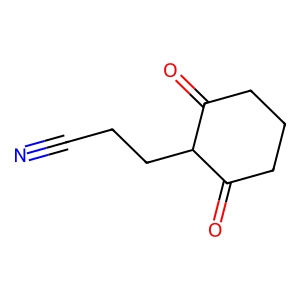
SMILES: N#CCCC1C(=O)CCCC1=O
Inhibits HIV replication: No